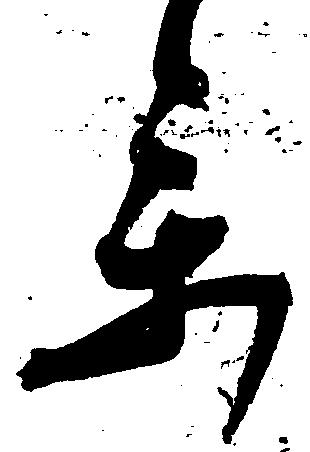
参